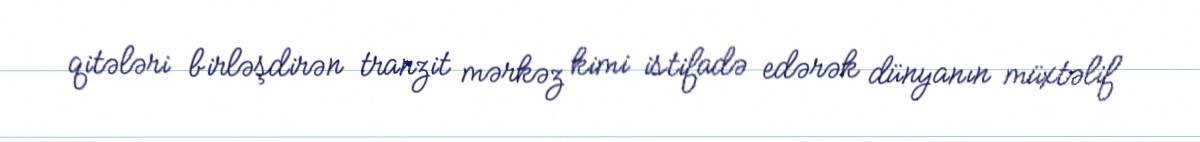
qitələri birləşdirən tranzit mərkəz kimi istifadə edərək dünyanın müxtəlif